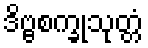
ဒိဗ္ဗစက္ခုသုတ္တံ